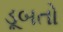
ડૂબતો